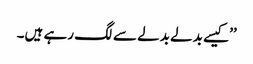
’’کیسے بدلے بدلے سے لگ رہے ہیں۔